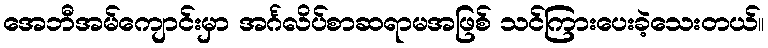
အေဘီအမ်ကျောင်းမှာ အင်္ဂလိပ်စာဆရာမအဖြစ် သင်ကြားပေးခဲ့သေးတယ်။